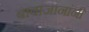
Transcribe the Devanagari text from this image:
बाबाजानांनी